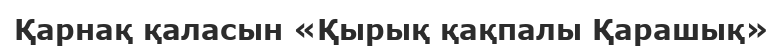
Қарнақ қаласын «Қырық қақпалы Қарашық»